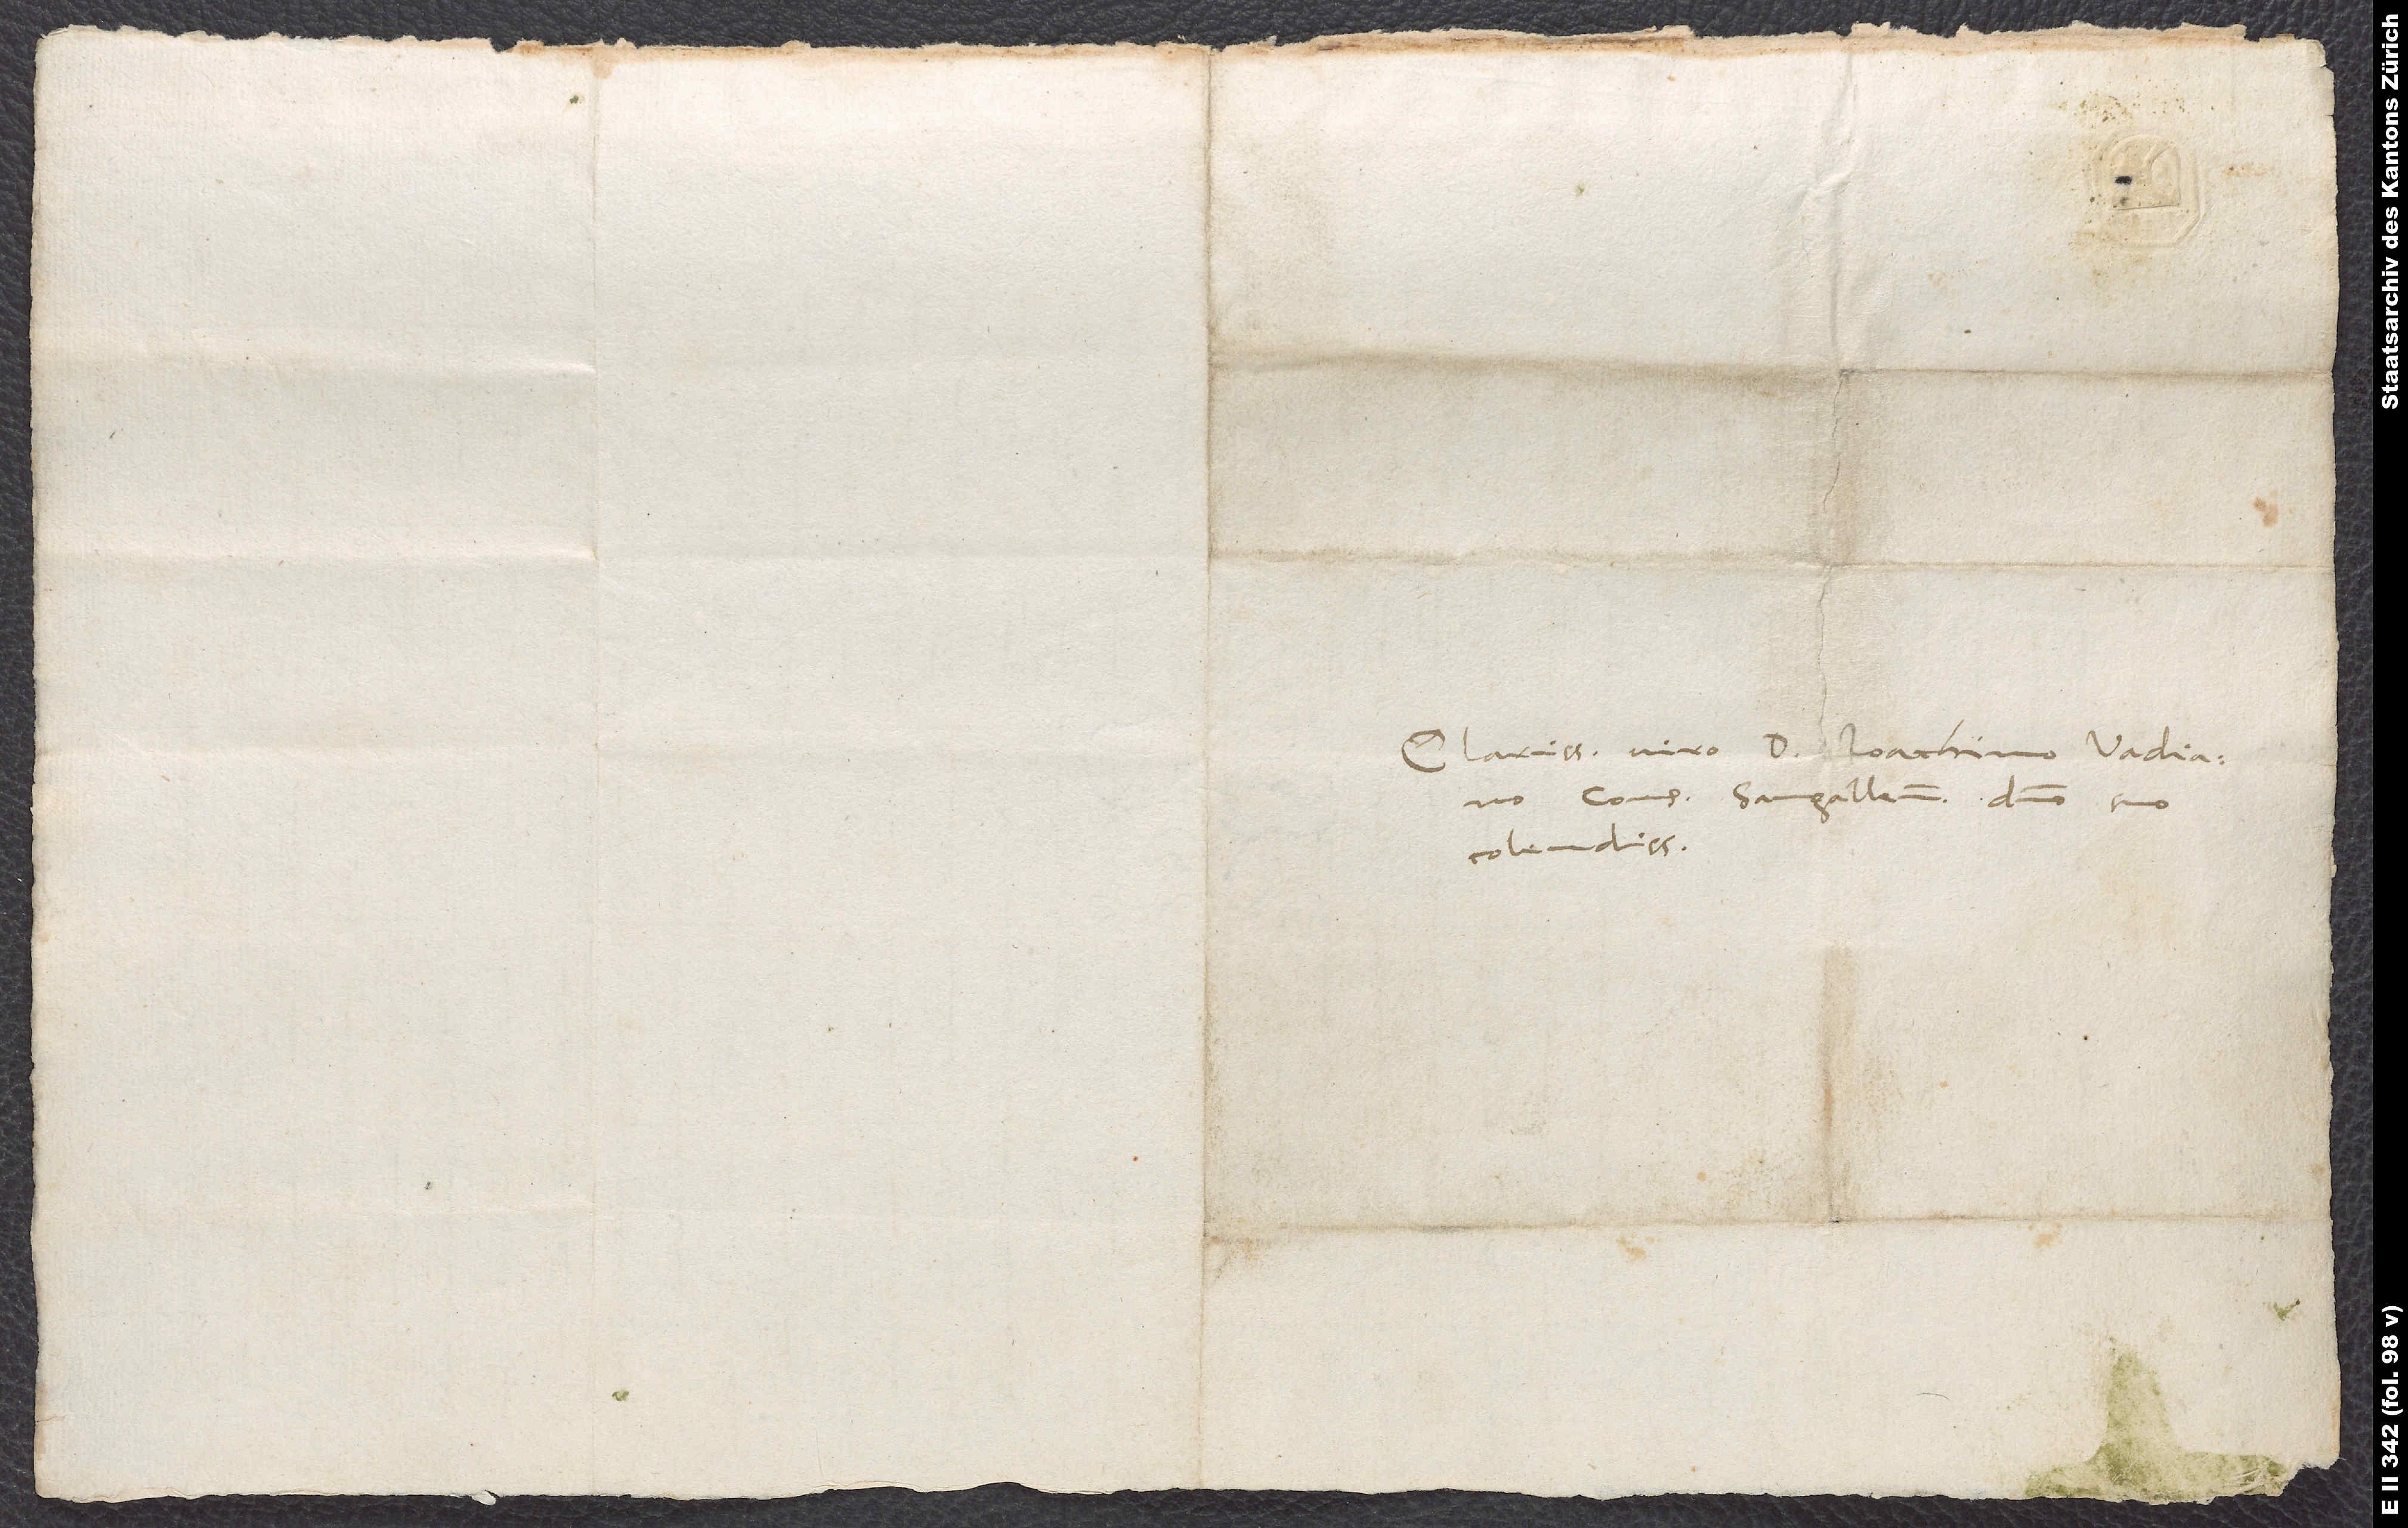
Clarissimo viro D. Ioachimo Vadiano,
consuli Sangallensi, domino suo
colendissimo.